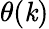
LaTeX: \theta(\mathit{k})